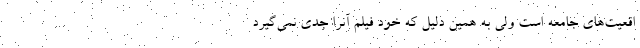
اقعیت‌های جامعه است ولی به همین دلیل که خود فیلم آنرا جدی نمی‌گیرد